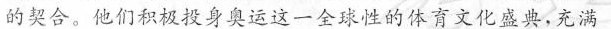
的契合，他们积极投身奥运这一全球性的体育文化盛，充满